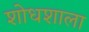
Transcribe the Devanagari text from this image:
शोधशाला